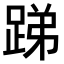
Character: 𨁃